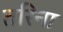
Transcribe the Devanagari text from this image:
तरिना